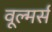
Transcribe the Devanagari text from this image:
वूल्मर्स